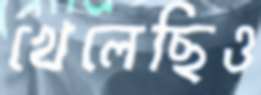
খেলেছিও